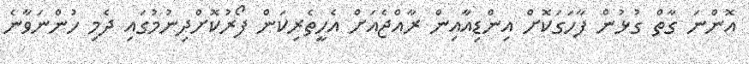
އޮންނަ ގާތް ގުޅުން ފާހަގަކޮށް އިންޑިއާއިން ރާއްޖެއަށް އެހީތެރިކަން ފޯރުކޮށްދިނުމުގައި ދެމި ހުންނަވާނެ